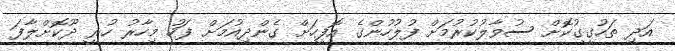
އަދި ތަހުގީގުކޮށް ސުވާލުކުރުމަށް ފުލުހުންގެ އޮފީހަށް ގެންދިއުމަށް ފަހު މިހާރު ހުރީ ދޫކޮށްލާފަ